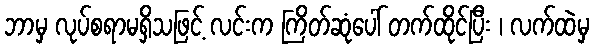
ဘာမှ လုပ်စရာမရှိသဖြင့် လင်းက ကြိတ်ဆုံပေါ် တက်ထိုင်ပြီး ၊ လက်ထဲမှ